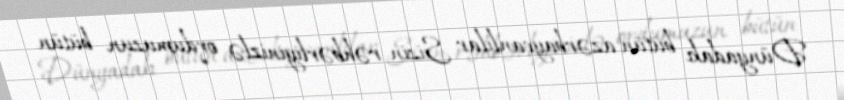
Dünyadakı bütün azərbaycanlılar Sizin rəhbərliyinizlə ordumuzun bütün